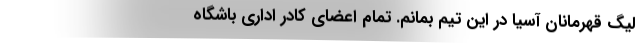
لیگ قهرمانان آسیا در این تیم بمانم. تمام اعضای کادر اداری باشگاه